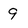
Character: 9